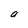
Character: a